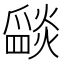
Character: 𤔵